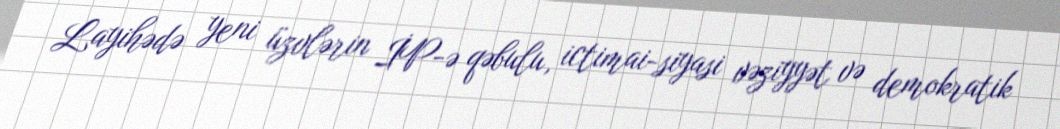
Layihədə yeni üzvlərin İP-ə qəbulu, ictimai-siyasi vəziyyət və demokratik